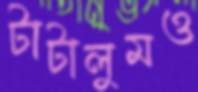
টাটালুমও